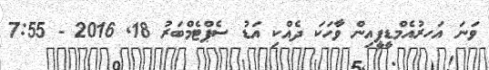
ވަނަ އަހރުއެމްޑީޕީއިން ވާހަކަ ދެއްކި އަޑު ސެޕްޓެމްބަރު 18